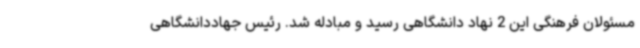
مسئولان فرهنگی این 2 نهاد دانشگاهی رسید و مبادله شد. رئیس جهاددانشگاهی